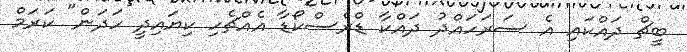
ބީޗް ދައްކައި އެ ސަރަހައްދު ދައްކާ ޑްރެސްކޯޑާ އެއްޗެހި ކިޔައިދީ ހަދަން" ކަރަމް